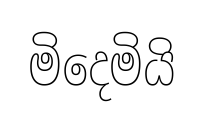
මිදෙමියි